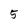
Character: 5